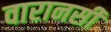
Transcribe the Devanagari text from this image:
वारानसी